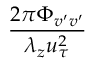
\frac { 2 \pi \Phi _ { v ^ { \prime } v ^ { \prime } } } { \lambda _ { z } u _ { \tau } ^ { 2 } }